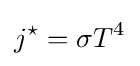
j^{\star }=\sigma T^{4}